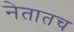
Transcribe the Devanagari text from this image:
नेतातच